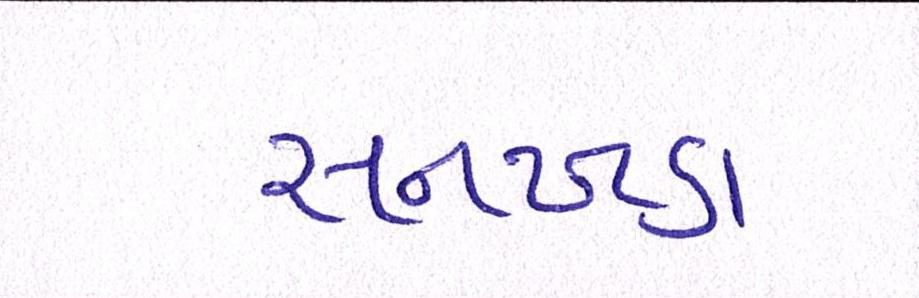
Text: સનખડા